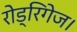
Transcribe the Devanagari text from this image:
रोड्रिगेज।